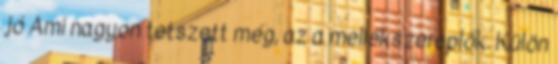
jó Ami nagyon tetszett még, az a mellékszereplők. Külön